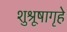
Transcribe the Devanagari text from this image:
शुश्रूषागृहे